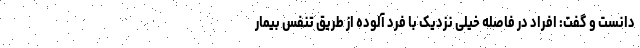
دانست و گفت: افراد در فاصله خیلی نزدیک با فرد آلوده از طریق تنفس بیمار